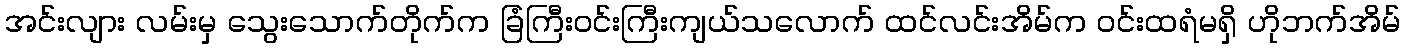
အင်းလျား လမ်းမှ သွေးသောက်တိုက်က ခြံကြီးဝင်းကြီးကျယ်သလောက် ထင်လင်းအိမ်က ဝင်းထရံမရှိ ဟိုဘက်အိမ်